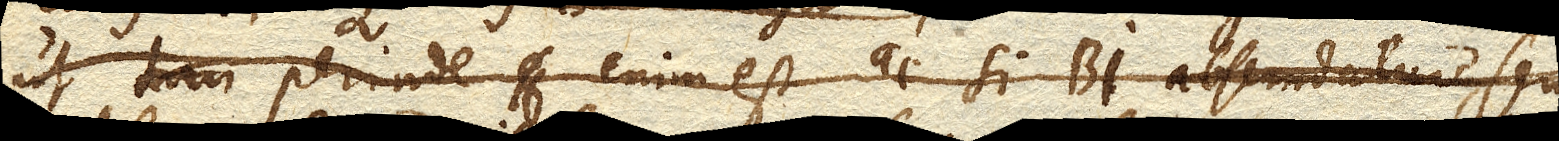
perinde enim est ac si BI. abscindatur,